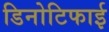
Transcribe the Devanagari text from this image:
डिनोटिफाई